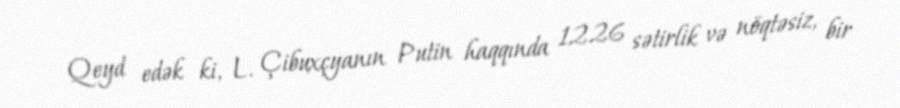
Qeyd edək ki, L. Çibuxçyanın Putin haqqında 1226 sətirlik və nöqtəsiz, bir